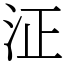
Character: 泟